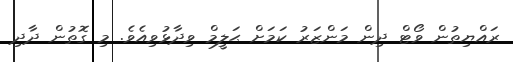
ރައްޔިތުން ވޯޓް ދިން މަންޒަރު ކަމަށް ޙަލީމް ވިދާޅުވިއެވެ. މި ގޮތުން ދާދި